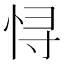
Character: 𱞕